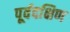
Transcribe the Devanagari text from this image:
पूर्वदक्षिण